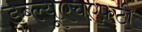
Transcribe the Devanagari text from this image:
डब्ल्यूएचएफ़टी